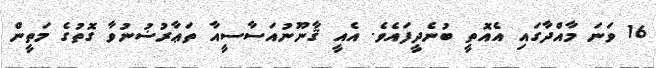
16 ވަނަ މާއްދާގައި އެއޮތީ ބުނެދީފައެވެ. އެއީ ޤާނޫނުއަސާސީއާ ތަޢާރުޟުނުވާ ގޮތުގެ މަތީން